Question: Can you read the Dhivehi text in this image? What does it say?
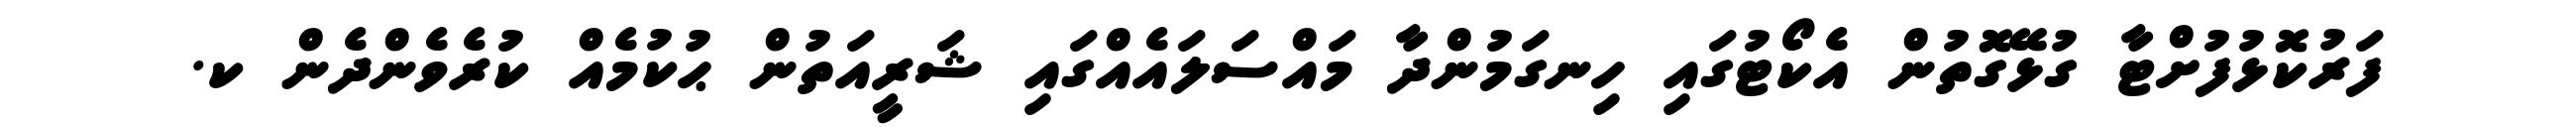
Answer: ފަރުކޮޅުފުށްޓާ ގުޅޭގޮތުން އެކޯޓުގައި ހިނގަމުންދާ މައްސަލައެއްގައި ޝަރީއަތުން ޙުކުމެއް ކުރެވެންދެން ކ.